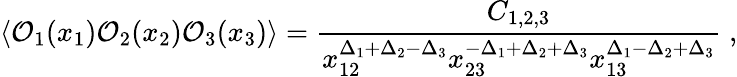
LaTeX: \langle\mathcal{O}_{1}(x_{1})\mathcal{O}_{2}(x_{2})\mathcal{O}_{3}(x_{3})\rangle=\frac{C_{1,2,3}}{x_{12}^{\Delta_{1}+\Delta_{2}-\Delta_{3}}x_{23}^{-\Delta_{1}+\Delta_{2}+\Delta_{3}}x_{13}^{\Delta_{1}-\Delta_{2}+\Delta_{3}}}\; ,